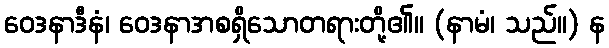
ဝေဒနာဒီနံ၊ ဝေဒနာအစရှိသောတရားတို့၏။ (နာမံ၊ သည်။) န